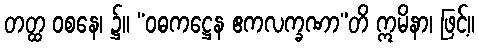
တတ္ထ ဝစနေ၊ ၌။ “ဝဓကဋ္ဌေန ဧကလက္ခဏာ”တိ ဣမိနာ၊ ဖြင့်။